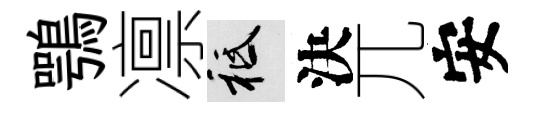
鶚凛祇決兀安